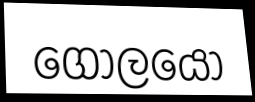
ගෝලයො